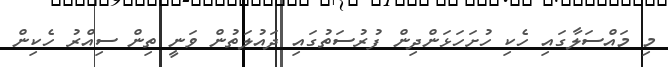
މި މައްސަލާގައި ހެކި ހުށަހަޅަންދިން ފުރުސަތުގައި ދައުލަތުން ވަނީ ތިން ސިއްރު ހެކިން